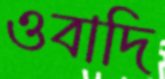
ওবাদি